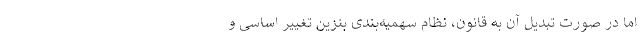
اما در صورت تبدیل آن به قانون، نظام سهمیه‌بندی بنزین تغییر اساسی و